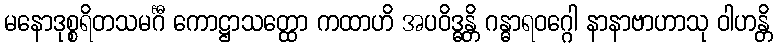
မနောဒုစ္စရိတသမင်္ဂီ ကောဋ္ဌာသတ္ထော ကထာဟိ အပဝိဒ္ဓန္တိ ဂန္ဓာရဝဂ္ဂေါ နာနာဗာဟာသု ဝါဟန္တိ